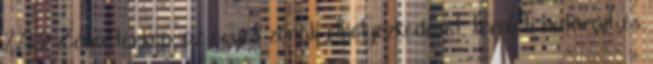
2.43. Zóna-térkép: az egyes zónák elhelyezkedését, területi határait és